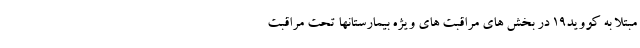
مبتلا به کووید۱۹ در بخش های مراقبت های ویژه بیمارستانها تحت مراقبت